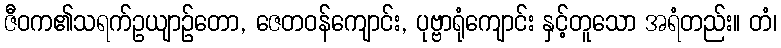
ဇီဝက၏သရက်ဥယျာဉ်တော, ဇေတဝန်ကျောင်း, ပုဗ္ဗာရုံကျောင်း နှင့်တူသော အရံတည်း။ တံ၊